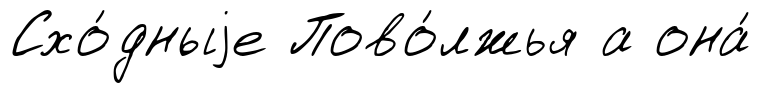
Схо́дныjе Пово́лжья а она́